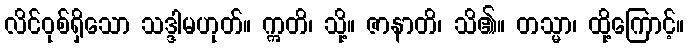
လိင်ဝုစ်ရှိသော သဒ္ဒါမဟုတ်။ ဣတိ၊ သို့။ ဇာနာတိ၊ သိ၏။ တသ္မာ၊ ထို့ကြောင့်။